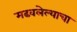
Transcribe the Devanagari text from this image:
मढवलेल्याचा